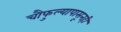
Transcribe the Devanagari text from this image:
चौफुल्यापासूनही